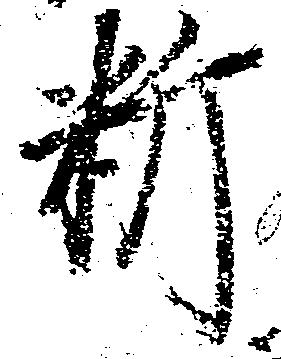
料